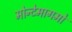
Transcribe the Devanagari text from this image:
मोन्टेमागमो